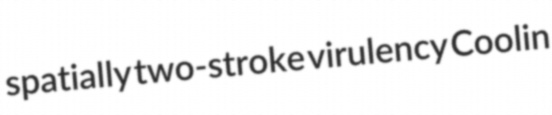
spatially two-stroke virulency Coolin